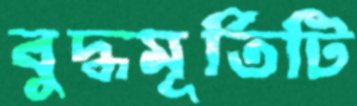
বুদ্ধমূর্তিটি